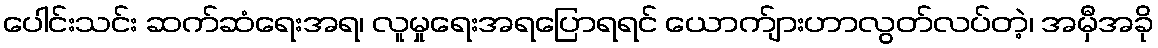
ပေါင်းသင်း ဆက်ဆံရေးအရ၊ လူမှုရေးအရပြောရရင် ယောက်ျားဟာလွတ်လပ်တဲ့၊ အမှီအခို